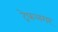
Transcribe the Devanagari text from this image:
ट्रेफलगर